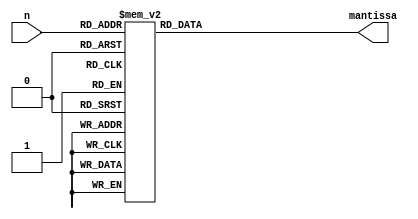
module recip_lut(n, mantissa);

input  wire [6:0] n;
output reg [3:0] mantissa;

always@*
begin
case(n[6:0])
7'b0000000: mantissa = 4'b0000;
7'b0000001: mantissa = 4'b1111;
7'b0000010: mantissa = 4'b1111;
7'b0000011: mantissa = 4'b1111;
7'b0000100: mantissa = 4'b1111;
7'b0000101: mantissa = 4'b1110;
7'b0000110: mantissa = 4'b1110;
7'b0000111: mantissa = 4'b1110;
7'b0001000: mantissa = 4'b1110;
7'b0001001: mantissa = 4'b1101;
7'b0001010: mantissa = 4'b1101;
7'b0001011: mantissa = 4'b1101;
7'b0001100: mantissa = 4'b1101;
7'b0001101: mantissa = 4'b1101;
7'b0001110: mantissa = 4'b1100;
7'b0001111: mantissa = 4'b1100;
7'b0010000: mantissa = 4'b1100;
7'b0010001: mantissa = 4'b1100;
7'b0010010: mantissa = 4'b1100;
7'b0010011: mantissa = 4'b1011;
7'b0010100: mantissa = 4'b1011;
7'b0010101: mantissa = 4'b1011;
7'b0010110: mantissa = 4'b1011;
7'b0010111: mantissa = 4'b1011;
7'b0011000: mantissa = 4'b1010;
7'b0011001: mantissa = 4'b1010;
7'b0011010: mantissa = 4'b1010;
7'b0011011: mantissa = 4'b1010;
7'b0011100: mantissa = 4'b1010;
7'b0011101: mantissa = 4'b1010;
7'b0011110: mantissa = 4'b1001;
7'b0011111: mantissa = 4'b1001;
7'b0100000: mantissa = 4'b1001;
7'b0100001: mantissa = 4'b1001;
7'b0100010: mantissa = 4'b1001;
7'b0100011: mantissa = 4'b1001;
7'b0100100: mantissa = 4'b1000;
7'b0100101: mantissa = 4'b1000;
7'b0100110: mantissa = 4'b1000;
7'b0100111: mantissa = 4'b1000;
7'b0101000: mantissa = 4'b1000;
7'b0101001: mantissa = 4'b1000;
7'b0101010: mantissa = 4'b1000;
7'b0101011: mantissa = 4'b0111;
7'b0101100: mantissa = 4'b0111;
7'b0101101: mantissa = 4'b0111;
7'b0101110: mantissa = 4'b0111;
7'b0101111: mantissa = 4'b0111;
7'b0110000: mantissa = 4'b0111;
7'b0110001: mantissa = 4'b0111;
7'b0110010: mantissa = 4'b0111;
7'b0110011: mantissa = 4'b0110;
7'b0110100: mantissa = 4'b0110;
7'b0110101: mantissa = 4'b0110;
7'b0110110: mantissa = 4'b0110;
7'b0110111: mantissa = 4'b0110;
7'b0111000: mantissa = 4'b0110;
7'b0111001: mantissa = 4'b0110;
7'b0111010: mantissa = 4'b0110;
7'b0111011: mantissa = 4'b0101;
7'b0111100: mantissa = 4'b0101;
7'b0111101: mantissa = 4'b0101;
7'b0111110: mantissa = 4'b0101;
7'b0111111: mantissa = 4'b0101;
7'b1000000: mantissa = 4'b0101;
7'b1000001: mantissa = 4'b0101;
7'b1000010: mantissa = 4'b0101;
7'b1000011: mantissa = 4'b0101;
7'b1000100: mantissa = 4'b0100;
7'b1000101: mantissa = 4'b0100;
7'b1000110: mantissa = 4'b0100;
7'b1000111: mantissa = 4'b0100;
7'b1001000: mantissa = 4'b0100;
7'b1001001: mantissa = 4'b0100;
7'b1001010: mantissa = 4'b0100;
7'b1001011: mantissa = 4'b0100;
7'b1001100: mantissa = 4'b0100;
7'b1001101: mantissa = 4'b0011;
7'b1001110: mantissa = 4'b0011;
7'b1001111: mantissa = 4'b0011;
7'b1010000: mantissa = 4'b0011;
7'b1010001: mantissa = 4'b0011;
7'b1010010: mantissa = 4'b0011;
7'b1010011: mantissa = 4'b0011;
7'b1010100: mantissa = 4'b0011;
7'b1010101: mantissa = 4'b0011;
7'b1010110: mantissa = 4'b0011;
7'b1010111: mantissa = 4'b0011;
7'b1011000: mantissa = 4'b0010;
7'b1011001: mantissa = 4'b0010;
7'b1011010: mantissa = 4'b0010;
7'b1011011: mantissa = 4'b0010;
7'b1011100: mantissa = 4'b0010;
7'b1011101: mantissa = 4'b0010;
7'b1011110: mantissa = 4'b0010;
7'b1011111: mantissa = 4'b0010;
7'b1100000: mantissa = 4'b0010;
7'b1100001: mantissa = 4'b0010;
7'b1100010: mantissa = 4'b0010;
7'b1100011: mantissa = 4'b0010;
7'b1100100: mantissa = 4'b0001;
7'b1100101: mantissa = 4'b0001;
7'b1100110: mantissa = 4'b0001;
7'b1100111: mantissa = 4'b0001;
7'b1101000: mantissa = 4'b0001;
7'b1101001: mantissa = 4'b0001;
7'b1101010: mantissa = 4'b0001;
7'b1101011: mantissa = 4'b0001;
7'b1101100: mantissa = 4'b0001;
7'b1101101: mantissa = 4'b0001;
7'b1101110: mantissa = 4'b0001;
7'b1101111: mantissa = 4'b0001;
7'b1110000: mantissa = 4'b0001;
7'b1110001: mantissa = 4'b0000;
7'b1110010: mantissa = 4'b0000;
7'b1110011: mantissa = 4'b0000;
7'b1110100: mantissa = 4'b0000;
7'b1110101: mantissa = 4'b0000;
7'b1110110: mantissa = 4'b0000;
7'b1110111: mantissa = 4'b0000;
7'b1111000: mantissa = 4'b0000;
7'b1111001: mantissa = 4'b0000;
7'b1111010: mantissa = 4'b0000;
7'b1111011: mantissa = 4'b0000;
7'b1111100: mantissa = 4'b0000;
7'b1111101: mantissa = 4'b0000;
7'b1111110: mantissa = 4'b0000;
7'b1111111: mantissa = 4'b0000;
endcase
end




endmodule